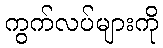
ကွက်လပ်များကို